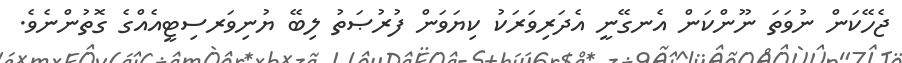
ޖެހޭކަން ނުވަތަ ނޫންކަން އެނގޭނީ އެދަރިވަރަކު ކިޔަވަން ފުރުޞަތު ލިބޭ ޔުނިވަރސިޓީއެއްގެ ގޮތުންނެވެ.